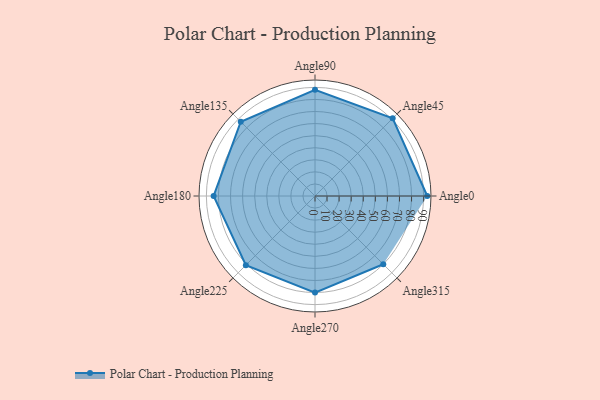
{"axis": {"x": "Angle", "y": "Radius"}, "legend": [""], "data": [{"x": "Angle0", "y": 93.0, "type": ""}, {"x": "Angle45", "y": 91.0, "type": ""}, {"x": "Angle90", "y": 88.0, "type": ""}, {"x": "Angle135", "y": 87.0, "type": ""}, {"x": "Angle180", "y": 84.0, "type": ""}, {"x": "Angle225", "y": 81.0, "type": ""}, {"x": "Angle270", "y": 80.0, "type": ""}, {"x": "Angle315", "y": 80.0, "type": ""}]}